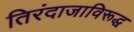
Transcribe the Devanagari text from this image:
तिरंदाजाविरूद्ध